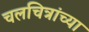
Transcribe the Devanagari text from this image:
चलचित्रांच्या